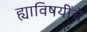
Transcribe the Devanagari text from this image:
ह्याविषयींचे